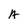
Character: A